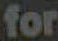
for